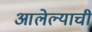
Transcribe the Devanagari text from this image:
आलेल्याची